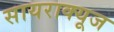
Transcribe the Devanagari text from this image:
सायराक्यूज